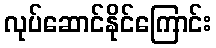
လုပ်ဆောင်နိုင်ကြောင်း